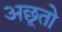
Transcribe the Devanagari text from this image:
अछूतो